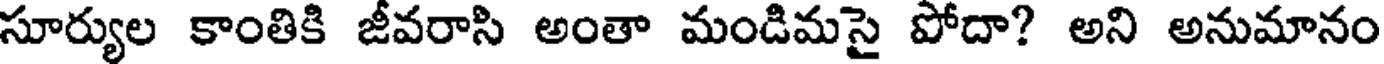
సూర్యుల కాంతికి జీవరాసి అంతా మండిమసై పోదా? అని అనుమానం